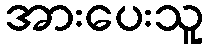
အားပေးသူ